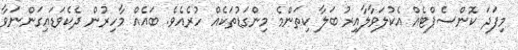
މިފަދަ ކޮންސެޕްޓެއް އެކުލަވާލާއިރު ބަލާ ކިތަންމެ މިންގަޑުތަކެއް ހުރެއެވެ. ބައެއް މާހިރުން ދެކެވަޑައިގަންނަވާ